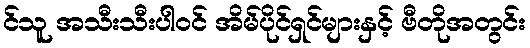
င်သူ အသီးသီးပါဝင် အိမ်ပိုင်ရှင်များနှင့် ဗီတိုအတွင်း